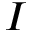
\boldsymbol { I }